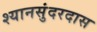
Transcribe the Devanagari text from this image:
श्यानसुंदरदास